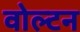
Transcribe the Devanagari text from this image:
वोल्टन